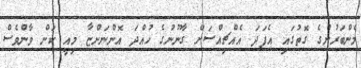
މެންބަރުންގެ ގޮތުގައި އެފަދަ އެއްޗިއްސަށް ގާނޫނުގެ ހުއްދަ އޮންނަންޏާ މިއީ ކަން ވާންވެސް